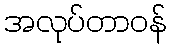
အလုပ်တာဝန်